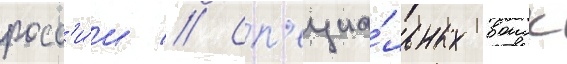
росс'и́и // Сп'ециа́льных воиск